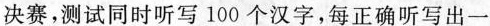
决赛，测试同时听写100个汉字，每正确听写出一